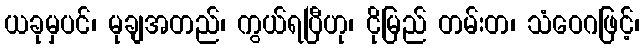
ယခုမှပင်၊ မုချအတည်၊ ကွယ်ရပြီဟု၊ ငိုမြည် တမ်းတ၊ သံဝေဂဖြင့်၊